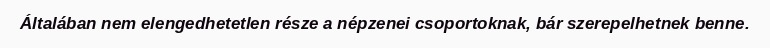
Általában nem elengedhetetlen része a népzenei csoportoknak, bár szerepelhetnek benne.